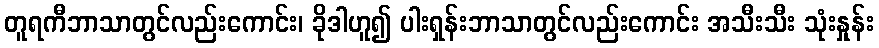
တူရကီဘာသာတွင်လည်းကောင်း၊ ခိုဒါဟူ၍ ပါးရှန်းဘာသာတွင်လည်းကောင်း အသီးသီး သုံးနှုန်း